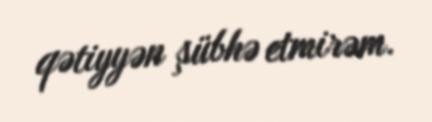
qətiyyən şübhə etmirəm.